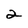
Character: 2